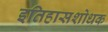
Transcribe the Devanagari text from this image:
इतिहासशोधक